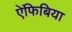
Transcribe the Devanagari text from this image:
ऐंफिबिया